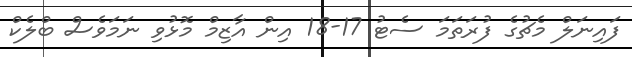
ފައިނަލް މެޗުގެ ފުރަތަމަ ސެޓު 17-18 އިން އާޒިމް މޮޅުވި ނަމަވެސް ބްލެކް